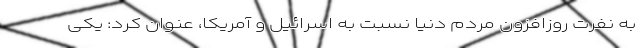
به نفرت روزافزون مردم دنیا نسبت به اسرائیل و آمریکا، عنوان کرد: یکی